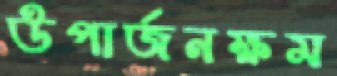
উপার্জনক্ষম